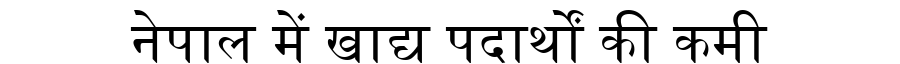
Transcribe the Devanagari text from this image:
नेपाल में खाद्य पदार्थों की कमी